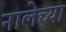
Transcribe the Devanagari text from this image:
नालेच्या